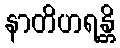
နာတိဟရန္တိ